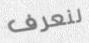
لنعرف